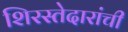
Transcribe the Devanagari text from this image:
शिरस्तेदारांची